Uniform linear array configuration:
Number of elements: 64
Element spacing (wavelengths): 1
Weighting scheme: cosine
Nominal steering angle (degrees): -15
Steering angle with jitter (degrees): -16.66
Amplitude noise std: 0.05
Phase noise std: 0.05

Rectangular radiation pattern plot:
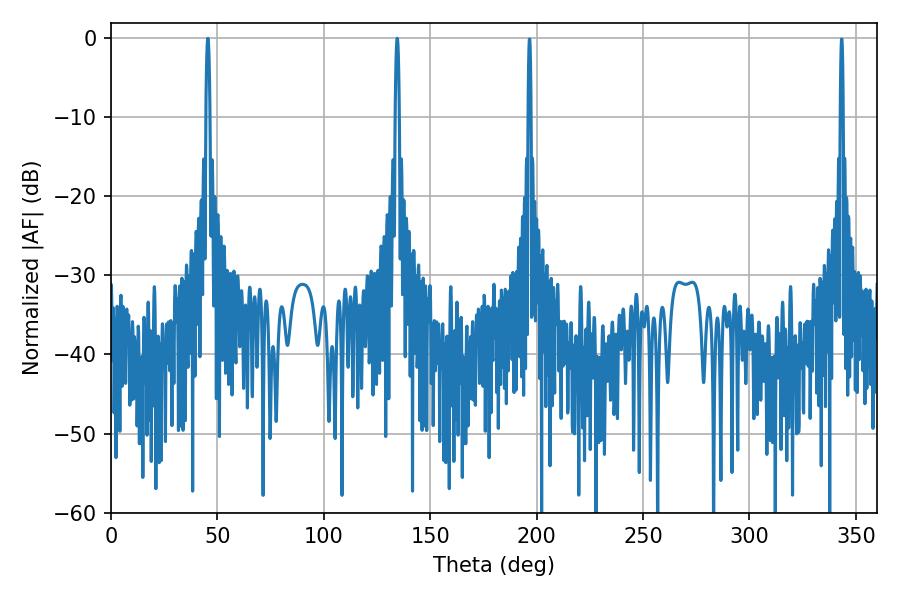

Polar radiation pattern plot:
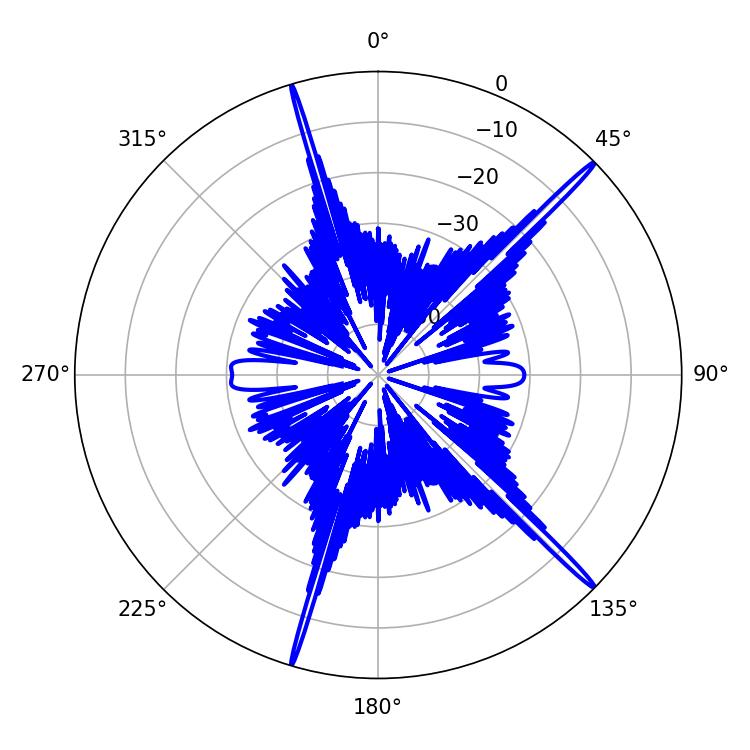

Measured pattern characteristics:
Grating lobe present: TRUE
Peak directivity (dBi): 19.482
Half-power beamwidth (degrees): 1.08
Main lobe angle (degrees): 45.54